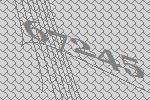
67245